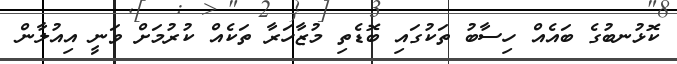
ކޮޅުނބުގެ ބައެއް ހިސާބު ތަކުގައި ބޮޑެތި މުޒާހަރާ ތަކެއް ކުރުމަށް ވަނީ އިއުލާން